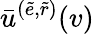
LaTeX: \bar{u}^{(\tilde{e},\tilde{r})}(v)